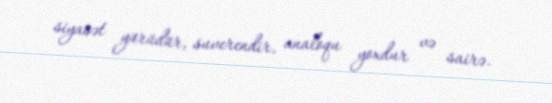
siyasət yürüdür, suverendir, analoqu yoxdur və sairə.